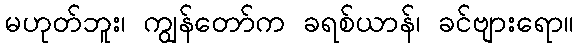
မဟုတ်ဘူး၊ ကျွန်တော်က ခရစ်ယာန်၊ ခင်ဗျားရော။